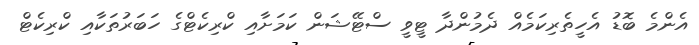
އެންމެ ބޮޑު އެހީތެރިކަމެއް ދެމުންދާ ޓީވީ ސްޓޭޝަން ކަމަށާއި ކްރިކެޓްގެ ހަބަރުތަކާއި ކްރިކެޓް